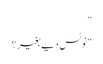
”
“نوٹس دیے بغیر؟